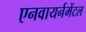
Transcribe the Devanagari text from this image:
एनवायर्नमेंटल